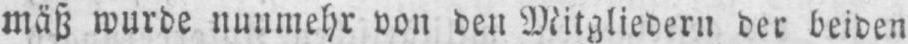
mäß wurde nunmehr von den Mitgliedern der beiden